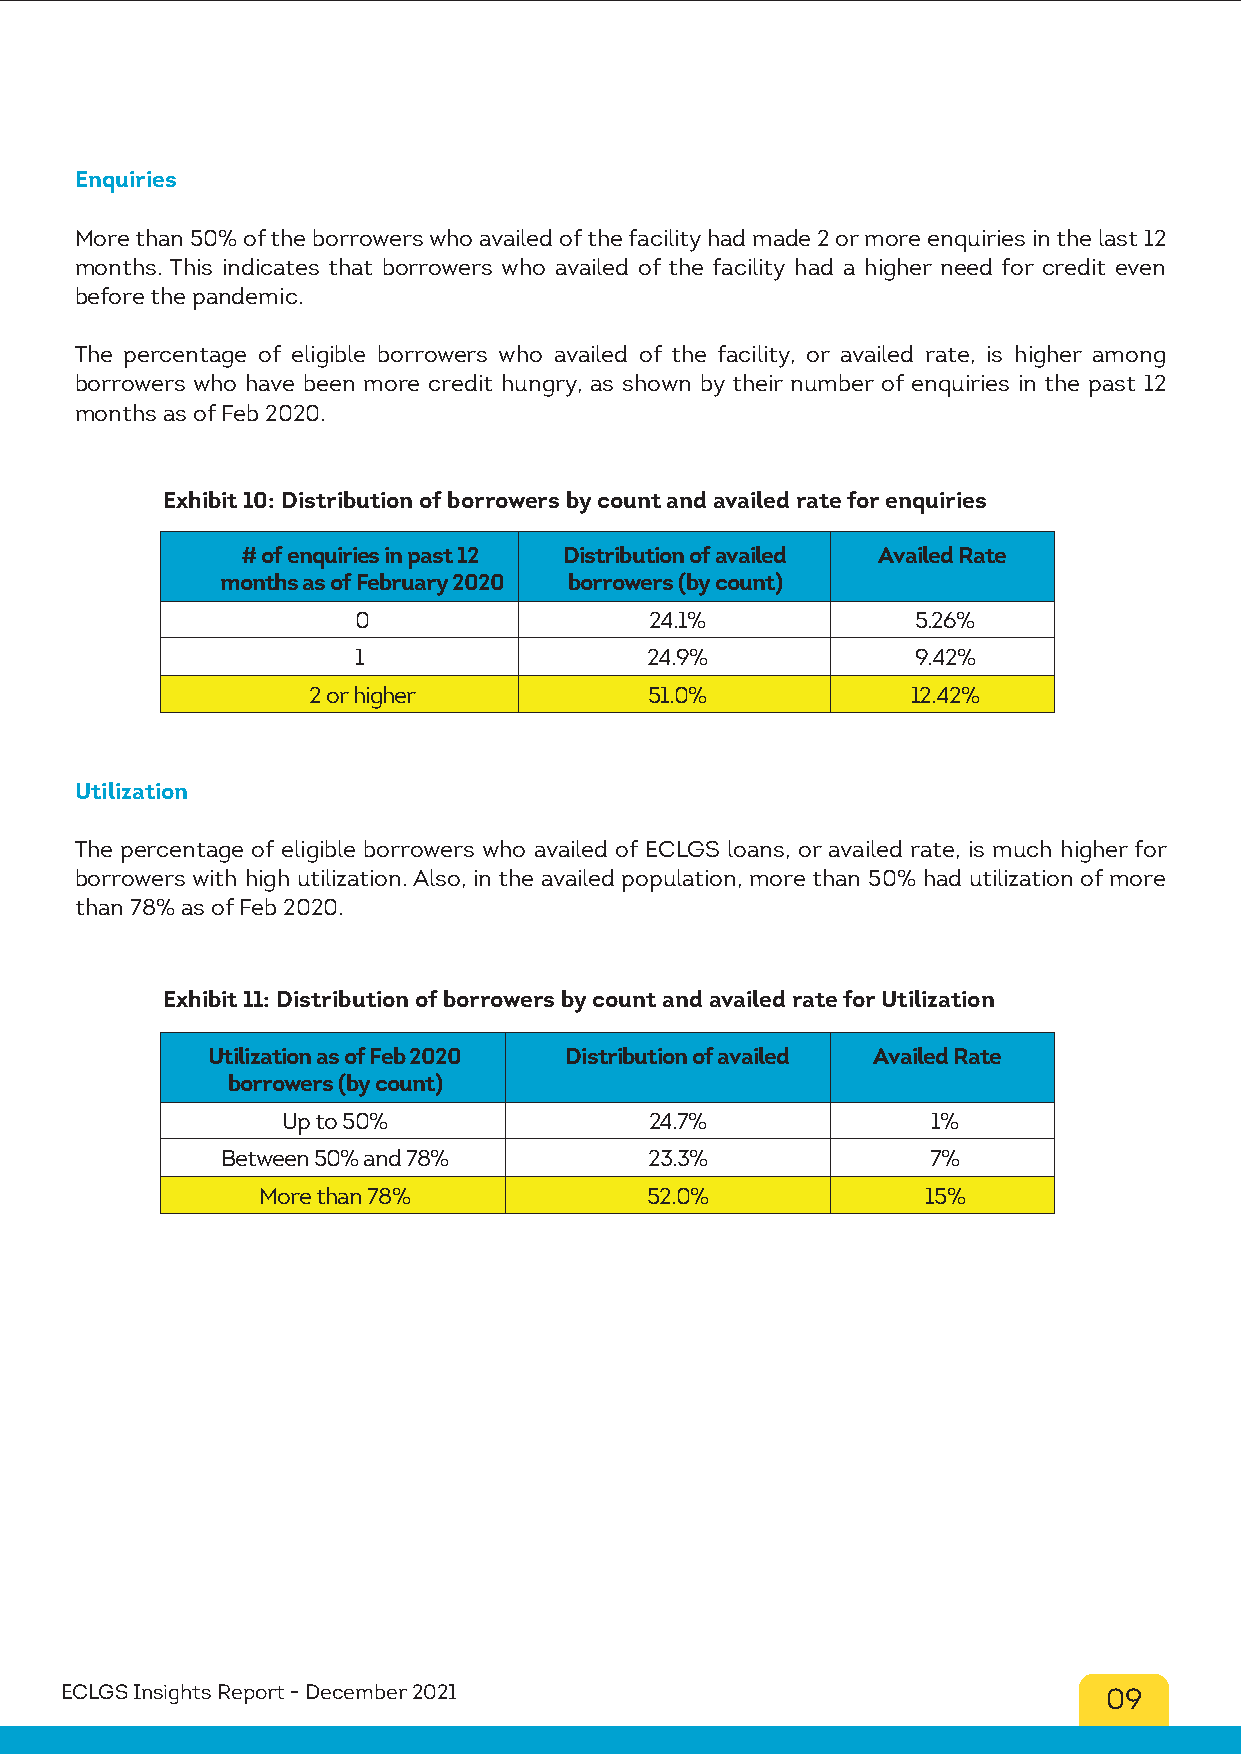
Enquiries
 More than 50% of the borrowers who availed of the facility had made 2 or more enquiries in the last 12
 months. This indicates that borrowers who availed of the facility had a higher need for credit even
 before the pandemic.
 The percentage of eligible borrowers who availed of the facility, or availed rate, is higher among
 borrowers who have been more credit hungry, as shown by their number of enquiries in the past 12
 months as of Feb 2020.
 Exhibit 10: Distribution of borrowers by count and availed rate for enquiries
 # of enquiries in past 12 Distribution of availed Availed Rate
 months as of February 2020 borrowers (by count)
 0                  24.1%             5.26%
 1                  24.9%             9.42%
 2 or higher            51.0%            12.42%
 Utilization
 The percentage of eligible borrowers who availed of ECLGS loans, or availed rate, is much higher for
 borrowers with high utilization. Also, in the availed population, more than 50% had utilization of more
 than 78% as of Feb 2020.
 Exhibit 11: Distribution of borrowers by count and availed rate for Utilization
 Utilization as of Feb 2020 Distribution of availed Availed Rate
 borrowers (by count)
 Up to 50%               24.7%              1%
 Between 50% and 78%         23.3%              7%
 More than 78%             52.0%             15%
 ECLGS Insights Report - December 2021                                09